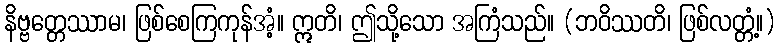
နိဗ္ဗတ္တေဿာမ၊ ဖြစ်စေကြကုန်အံ့။ ဣတိ၊ ဤသို့သော အကြံသည်။ (ဘဝိဿတိ၊ ဖြစ်လတ္တံ့။)